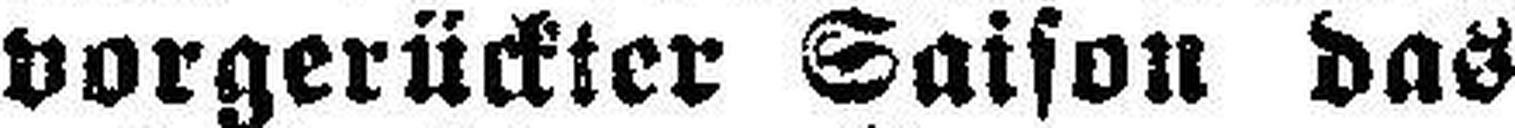
vorgerückter Saison das